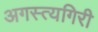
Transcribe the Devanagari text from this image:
अगस्त्यगिरी